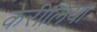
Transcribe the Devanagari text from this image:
केरीलिया